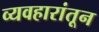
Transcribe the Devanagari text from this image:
व्यवहारांतून